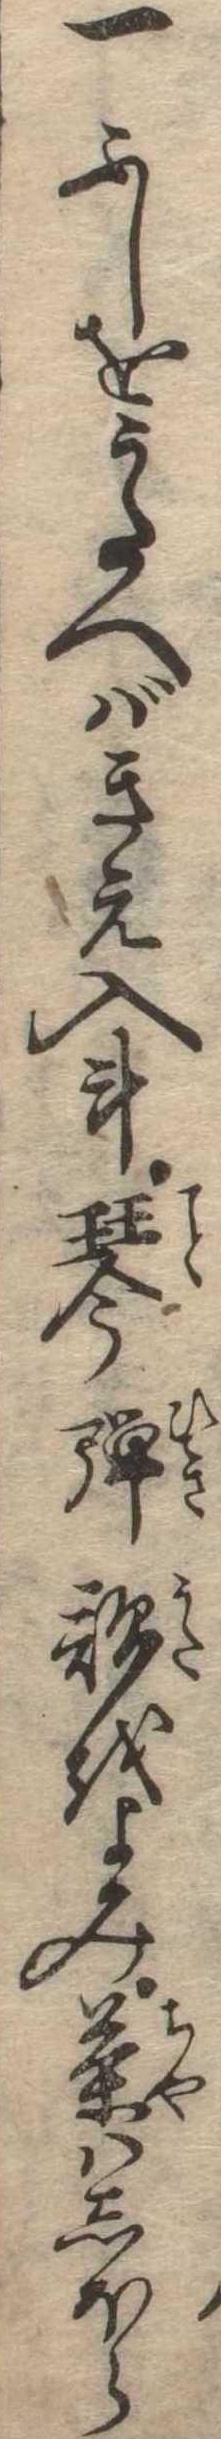
一ふしをうたへばきえ入斗琴弾歌をよみ茶はしほら